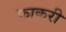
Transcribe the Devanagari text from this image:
फाकरी